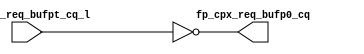
module cpx_fpbuf_p0(
   fp_cpx_req_bufp0_cq, 
   fp_cpx_req_bufpt_cq_l
   );
input	[7:0]	fp_cpx_req_bufpt_cq_l;
output	[7:0]	fp_cpx_req_bufp0_cq;
assign               fp_cpx_req_bufp0_cq[7:0]                =        ~fp_cpx_req_bufpt_cq_l[7:0];
endmodule